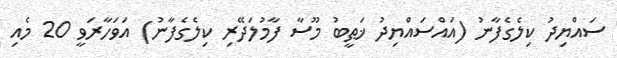
ސައްޔިދު ކިލެގެފާނު (އައްސައްޔިދު ޚަޠީބު މޫސާ ފާމުލަދޭރި ކިލެގެފާނު) އަވަހާރަވީ 20 މެއި